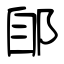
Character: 郋